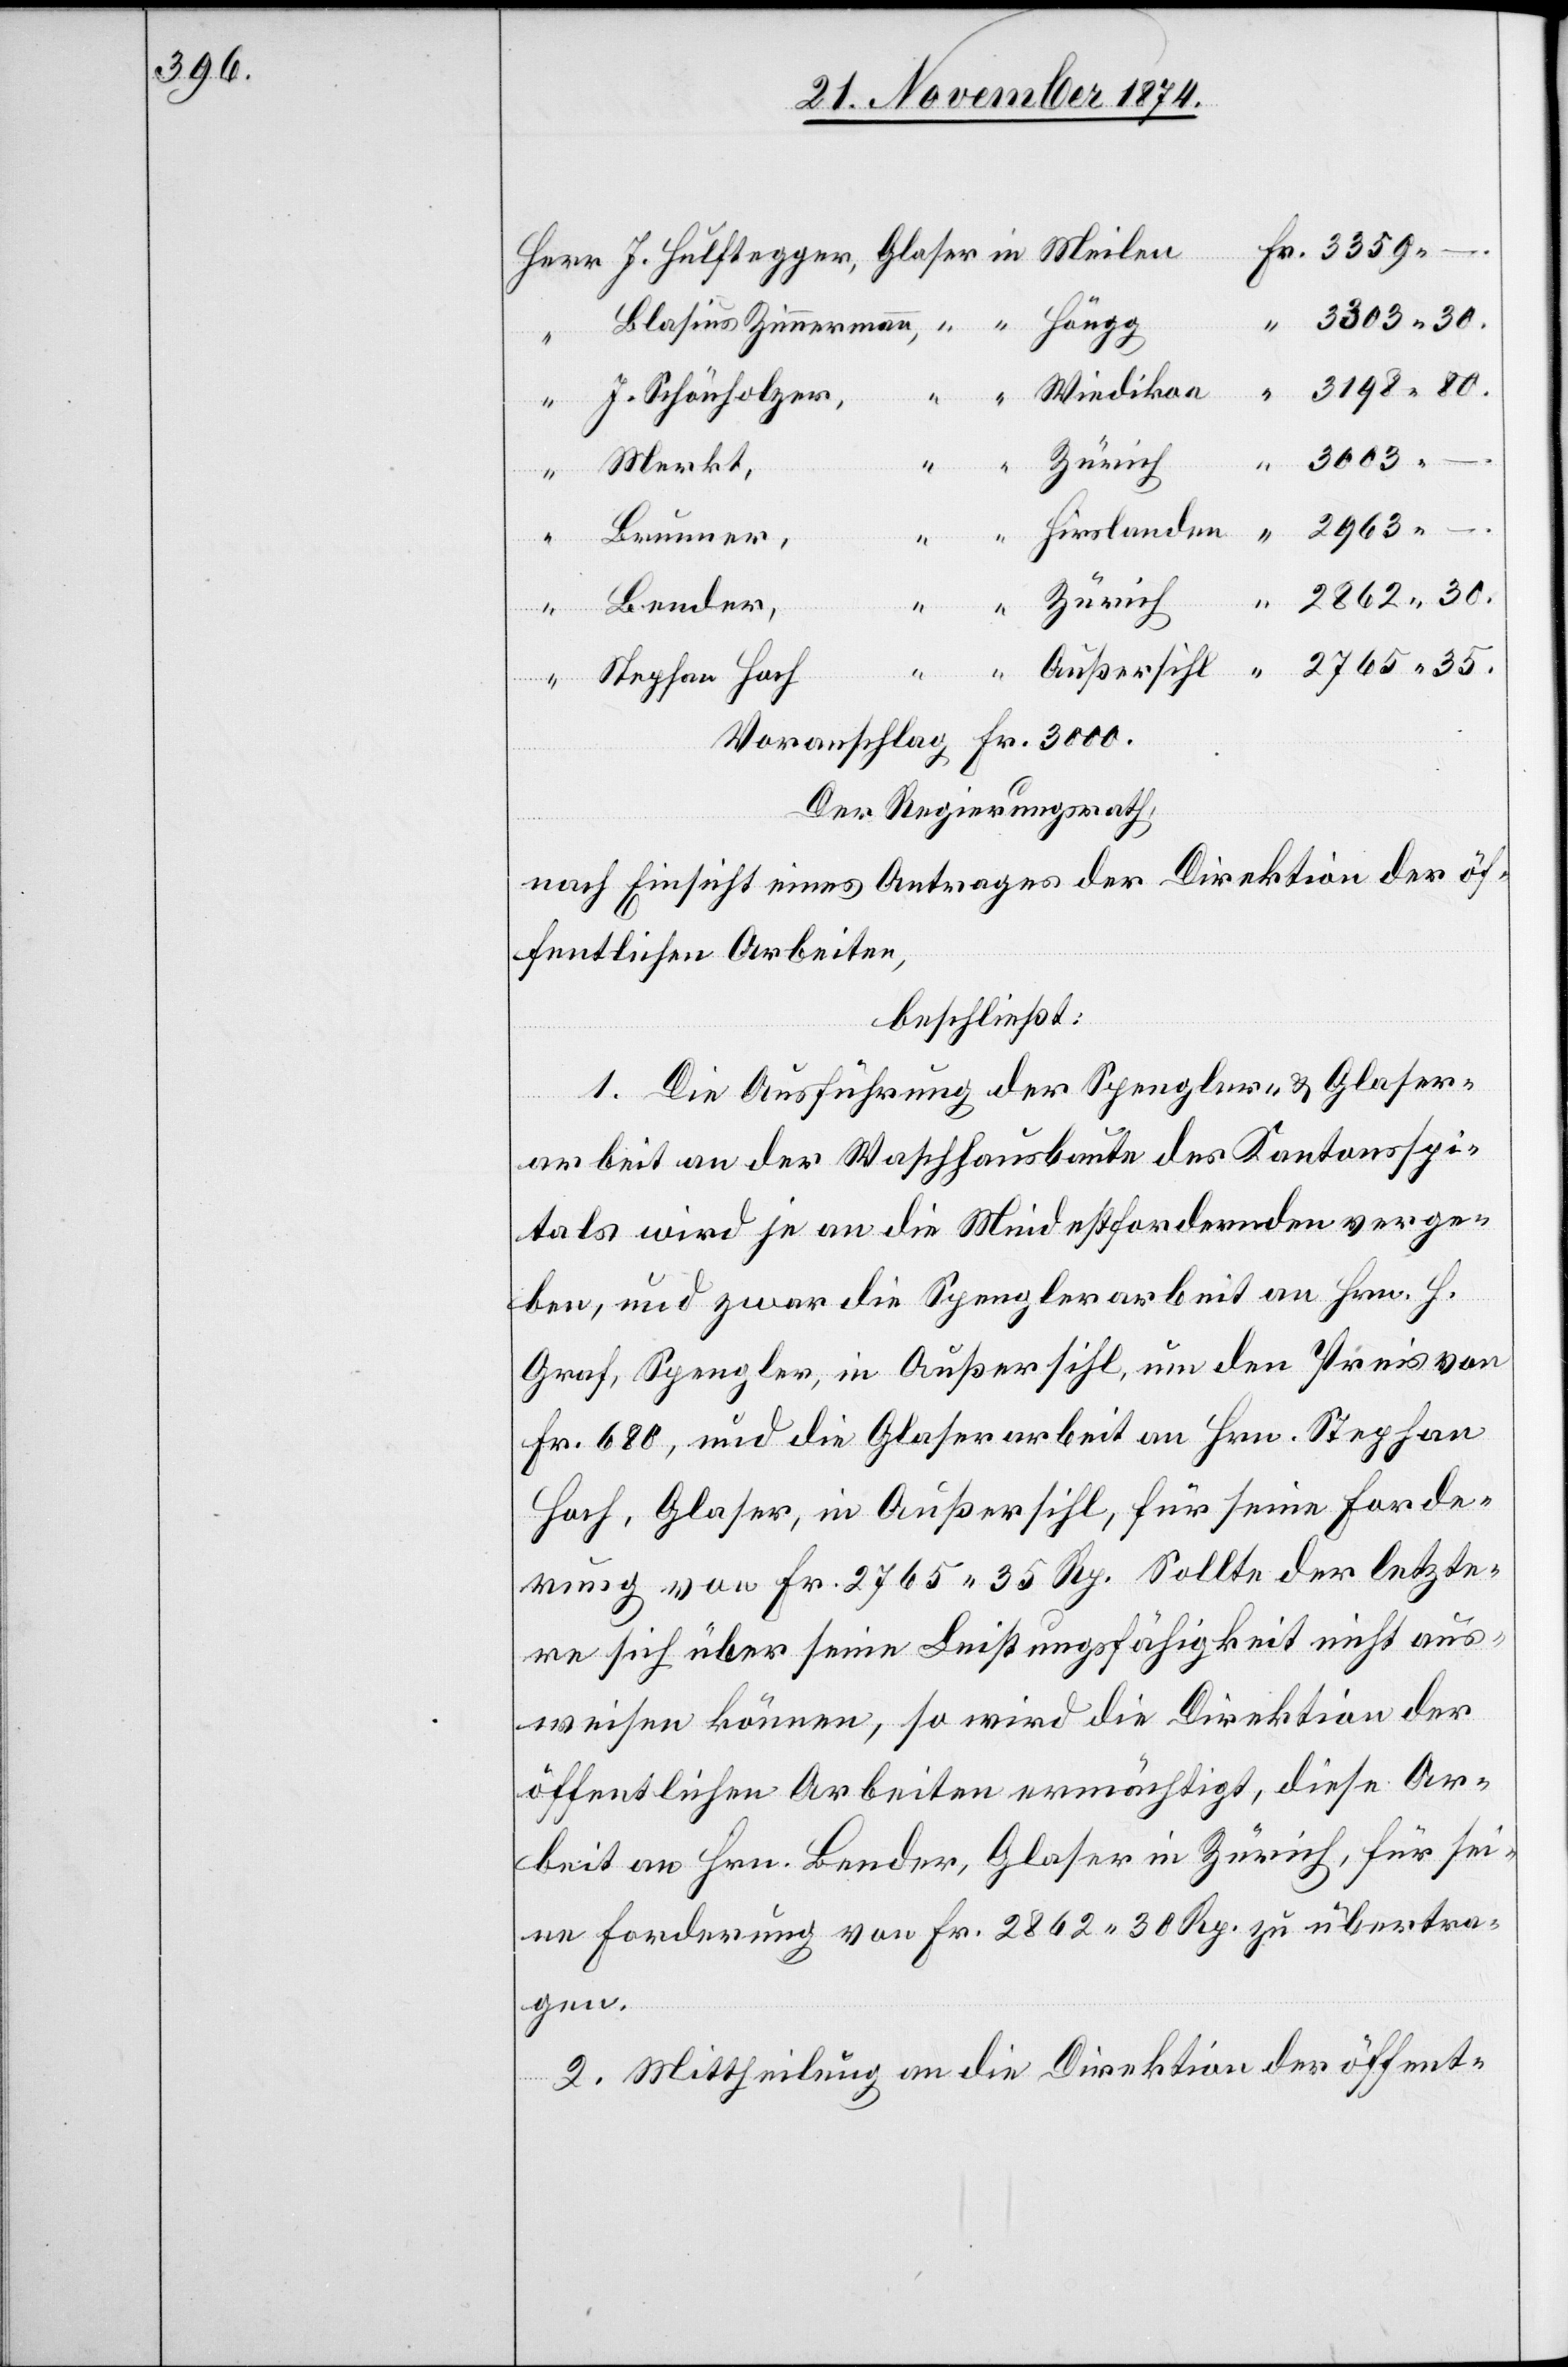
2963.

Bender,
J. Schönholzer,
3003.
Merkt,
30.
2765.
“
35.
Blasius
Brunner,
Zürich
Hirslanden
Stephan Hoch
Voranschlag Fr. 3000.
Der Regierungsrath,
nach Einsicht eines Antrages der Direktion der öf¬
fentlichen Arbeiten,
beschließt:
1. Die Ausführung der Spengler- & Glaser¬
arbeit an der Waschhausbaute des Kantonsspi¬
tals wird je an die Mindestfordernden verge¬
ben, und zwar die Spenglerarbeit an Hrn. H.
Graf, Spengler, in Außersihl, um den Preis von
Fr. 680, und die Glaserarbeit an Hrn. Stephan
Hoch, Glaser, in Außersihl, für seine Forde¬
rung von Fr. 2765. 35 Rp. Sollte der letzte¬
re sich über seine Leistungsfähigkeit nicht aus¬
weisen können, so wird die Direktion der
öffentlichen Arbeiten ermächtigt, diese Ar¬
beit an Hrn. Bender, Glaser in Zürich, für sei¬
ne Forderung von Fr. 2862. 30 Rp. zu übertra¬
gen.
2. Mittheilung an die Direktion der öffent-